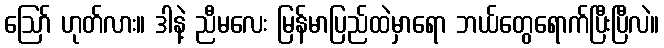
ဪ ဟုတ်လား။ ဒါနဲ့ ညီမလေး မြန်မာပြည်ထဲမှာရော ဘယ်တွေရောက်ပြီးပြီလဲ။